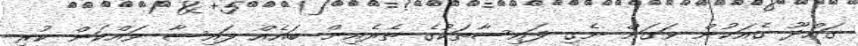
ގައްދޫ ގެއަކުން ވަގަށް ނެގި ފައިސާތަކުގެ ތެރެއިން ބައެއް ފައިސާ ވައްކަން ކުރި